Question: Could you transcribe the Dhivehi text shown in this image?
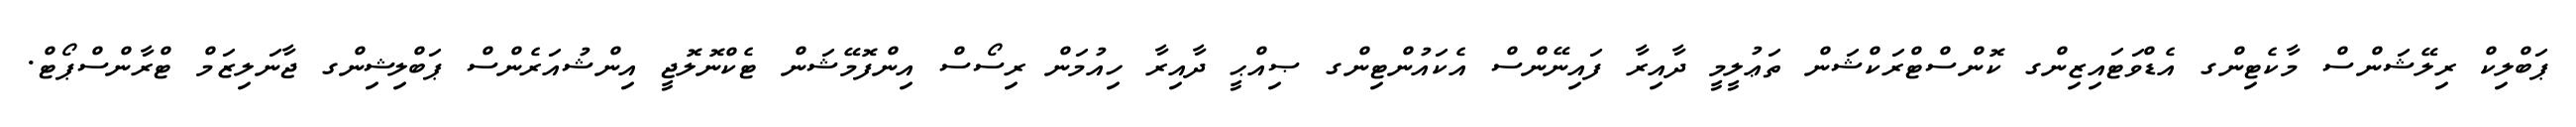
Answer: ޕަބްލިކް ރިލޭޝަންސް މާކެޓިންގ އެޑްވަޓައިޒިންގ ކޮންސްޓްރަކްޝަން ތަޢުލީމީ ދާއިރާ ފައިނޭންސް އެކައުންޓިންގ ޞިއްޙީ ދާއިރާ ހިއުމަން ރިސޯސް އިންފޮމޭޝަން ޓެކްނޮލޮޖީ އިންޝުއަރެންސް ޕަބްލިޝިންގ ޖާނަލިޒަމް ޓްރާންސްޕޯޓް.